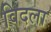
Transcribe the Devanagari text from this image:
विदला